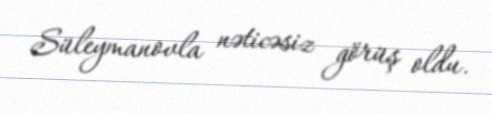
Süleymanovla nəticəsiz görüş oldu.